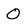
Character: O